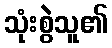
သုံးစွဲသူ၏